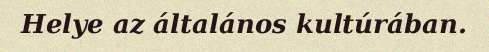
Helye az általános kultúrában.